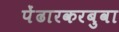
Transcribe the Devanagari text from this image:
पेंढारकरबुवा